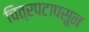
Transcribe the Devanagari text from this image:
चित्रपटापसून